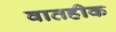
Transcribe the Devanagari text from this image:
वातहीक